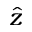
\hat { z }